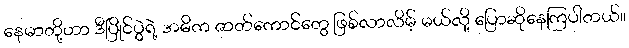
နေမာတို့ဟာ ဒီပြိုင်ပွဲရဲ့ အဓိက ဇာတ်ကောင်တွေ ဖြစ်လာလိမ့် မယ်လို့ ပြောဆိုနေကြပါတယ်။